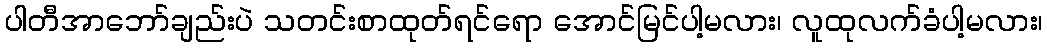
ပါတီအာဘော်ချည်းပဲ သတင်းစာထုတ်ရင်ရော အောင်မြင်ပါ့မလား၊ လူထုလက်ခံပါ့မလား၊